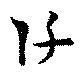
阡